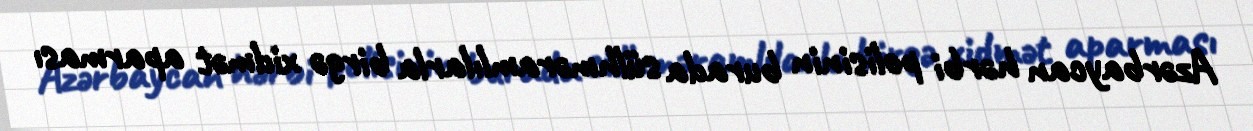
Azərbaycan hərbi polisinin burada sülhməramlılarla birgə xidmət aparması